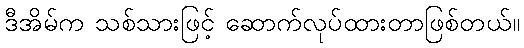
ဒီအိမ်က သစ်သားဖြင့် ဆောက်လုပ်ထားတာဖြစ်တယ်။